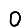
Digit: 0